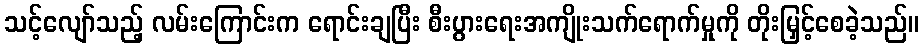
သင့်လျော်သည့် လမ်းကြောင်းက ရောင်းချပြီး စီးပွားရေးအကျိုးသက်ရောက်မှုကို တိုးမြှင့်စေခဲ့သည်။